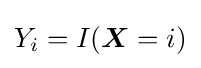
Y_{i}=I({\boldsymbol {X}}=i)